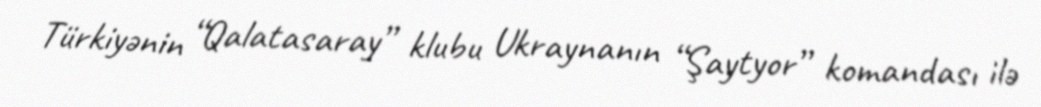
Türkiyənin “Qalatasaray” klubu Ukraynanın “Şaytyor” komandası ilə